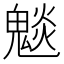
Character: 𮫣